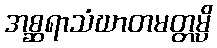
အစ္ဆရာသံဃာတမတ္တမ္ပိ